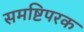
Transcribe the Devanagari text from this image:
समष्टिपरक